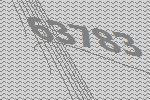
63783